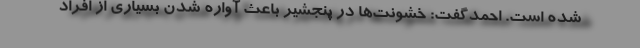
شده است. احمدگفت: خشونت‌ها در پنجشیر باعث آواره شدن بسیاری از افراد